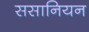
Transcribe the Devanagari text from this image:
ससानियन